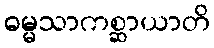
ဓမ္မသာကစ္ဆာယာတိ